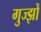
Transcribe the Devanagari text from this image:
गुज्झों